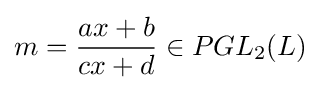
m={\frac {ax+b}{cx+d}}\in PGL_{2}(L)